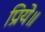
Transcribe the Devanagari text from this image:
प्रिये॥